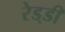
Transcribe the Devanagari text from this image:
रेड्‌डी